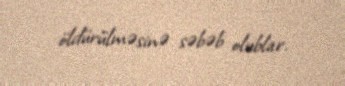
öldürülməsinə səbəb olublar.